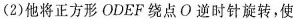
(2)他将正方形ODEF绕点O逆时针旋转，使